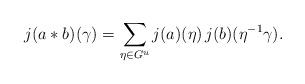
LaTeX: \begin{align*} j(a*b)(\gamma)=\sum_{\eta\in G^{u}}j(a)(\eta) \, j(b)(\eta^{-1}\gamma). \end{align*}